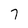
Character: 7